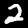
Digit: 2